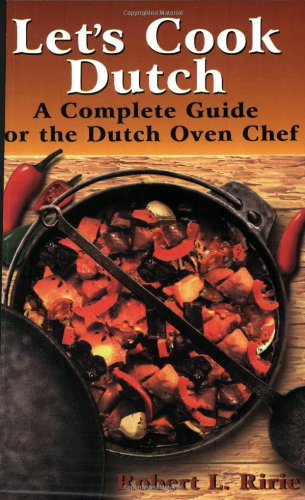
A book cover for Let's Cook Dutch: A Complete Guide for the Dutch Oven Chef; Robert L. Ririe; Cookbooks, Food & Wine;